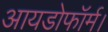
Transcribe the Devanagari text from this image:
आयडोफॉर्म।